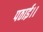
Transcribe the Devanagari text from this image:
पठाई।।